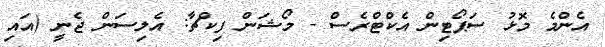
އެންމެ މޮޅު ސަޕޯޓިން އެކްޓްރެސް - މޯޝަން ފިކްޗާ: އެލިސަން ޖެނީ (އައި